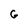
Character: G